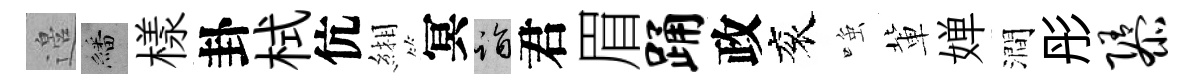
邉繙樣卦栻伉緗冥诣君眉踊政衮𫪻軰婵澗彤隳